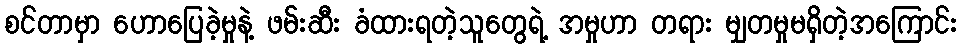
စင်တာမှာ ဟောပြေခဲ့မှုနဲ့ ဖမ်းဆီး ခံထားရတဲ့သူတွေရဲ့ အမှုဟာ တရား မျှတမှုမရှိတဲ့အကြောင်း